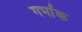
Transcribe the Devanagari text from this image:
गर्भाक